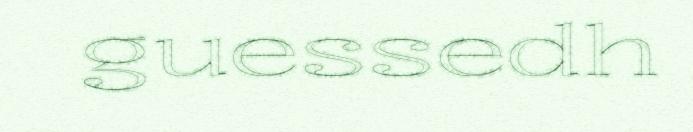
guessedh